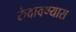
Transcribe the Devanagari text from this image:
रुंदावण्यास